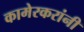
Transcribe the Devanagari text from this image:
कामेरकरांनी